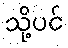
သို့ပင်